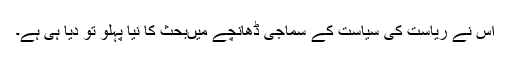
اس نے ریاست کی سیاست کے سماجی ڈھانچے میںبحث کا نیا پہلو تو دیا ہی ہے۔